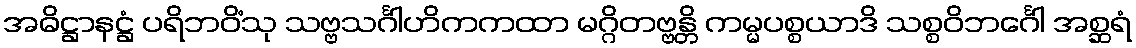
အဓိဋ္ဌာနဋ္ဌံ ပရိဘဝိံသု သဗ္ဗသင်္ဂါဟိကကထာ မဂ္ဂိတဗ္ဗန္တိ ကမ္မပစ္စယာဒိ သစ္စဝိဘင်္ဂေါ အစ္ဆရံ